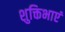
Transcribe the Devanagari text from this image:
शुक्तिभाएं